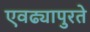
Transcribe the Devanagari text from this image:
एवढ्यापुरते